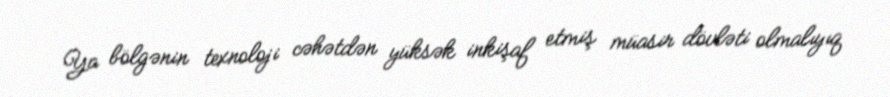
Ya bölgənin texnoloji cəhətdən yüksək inkişaf etmiş müasir dövləti olmalıyıq